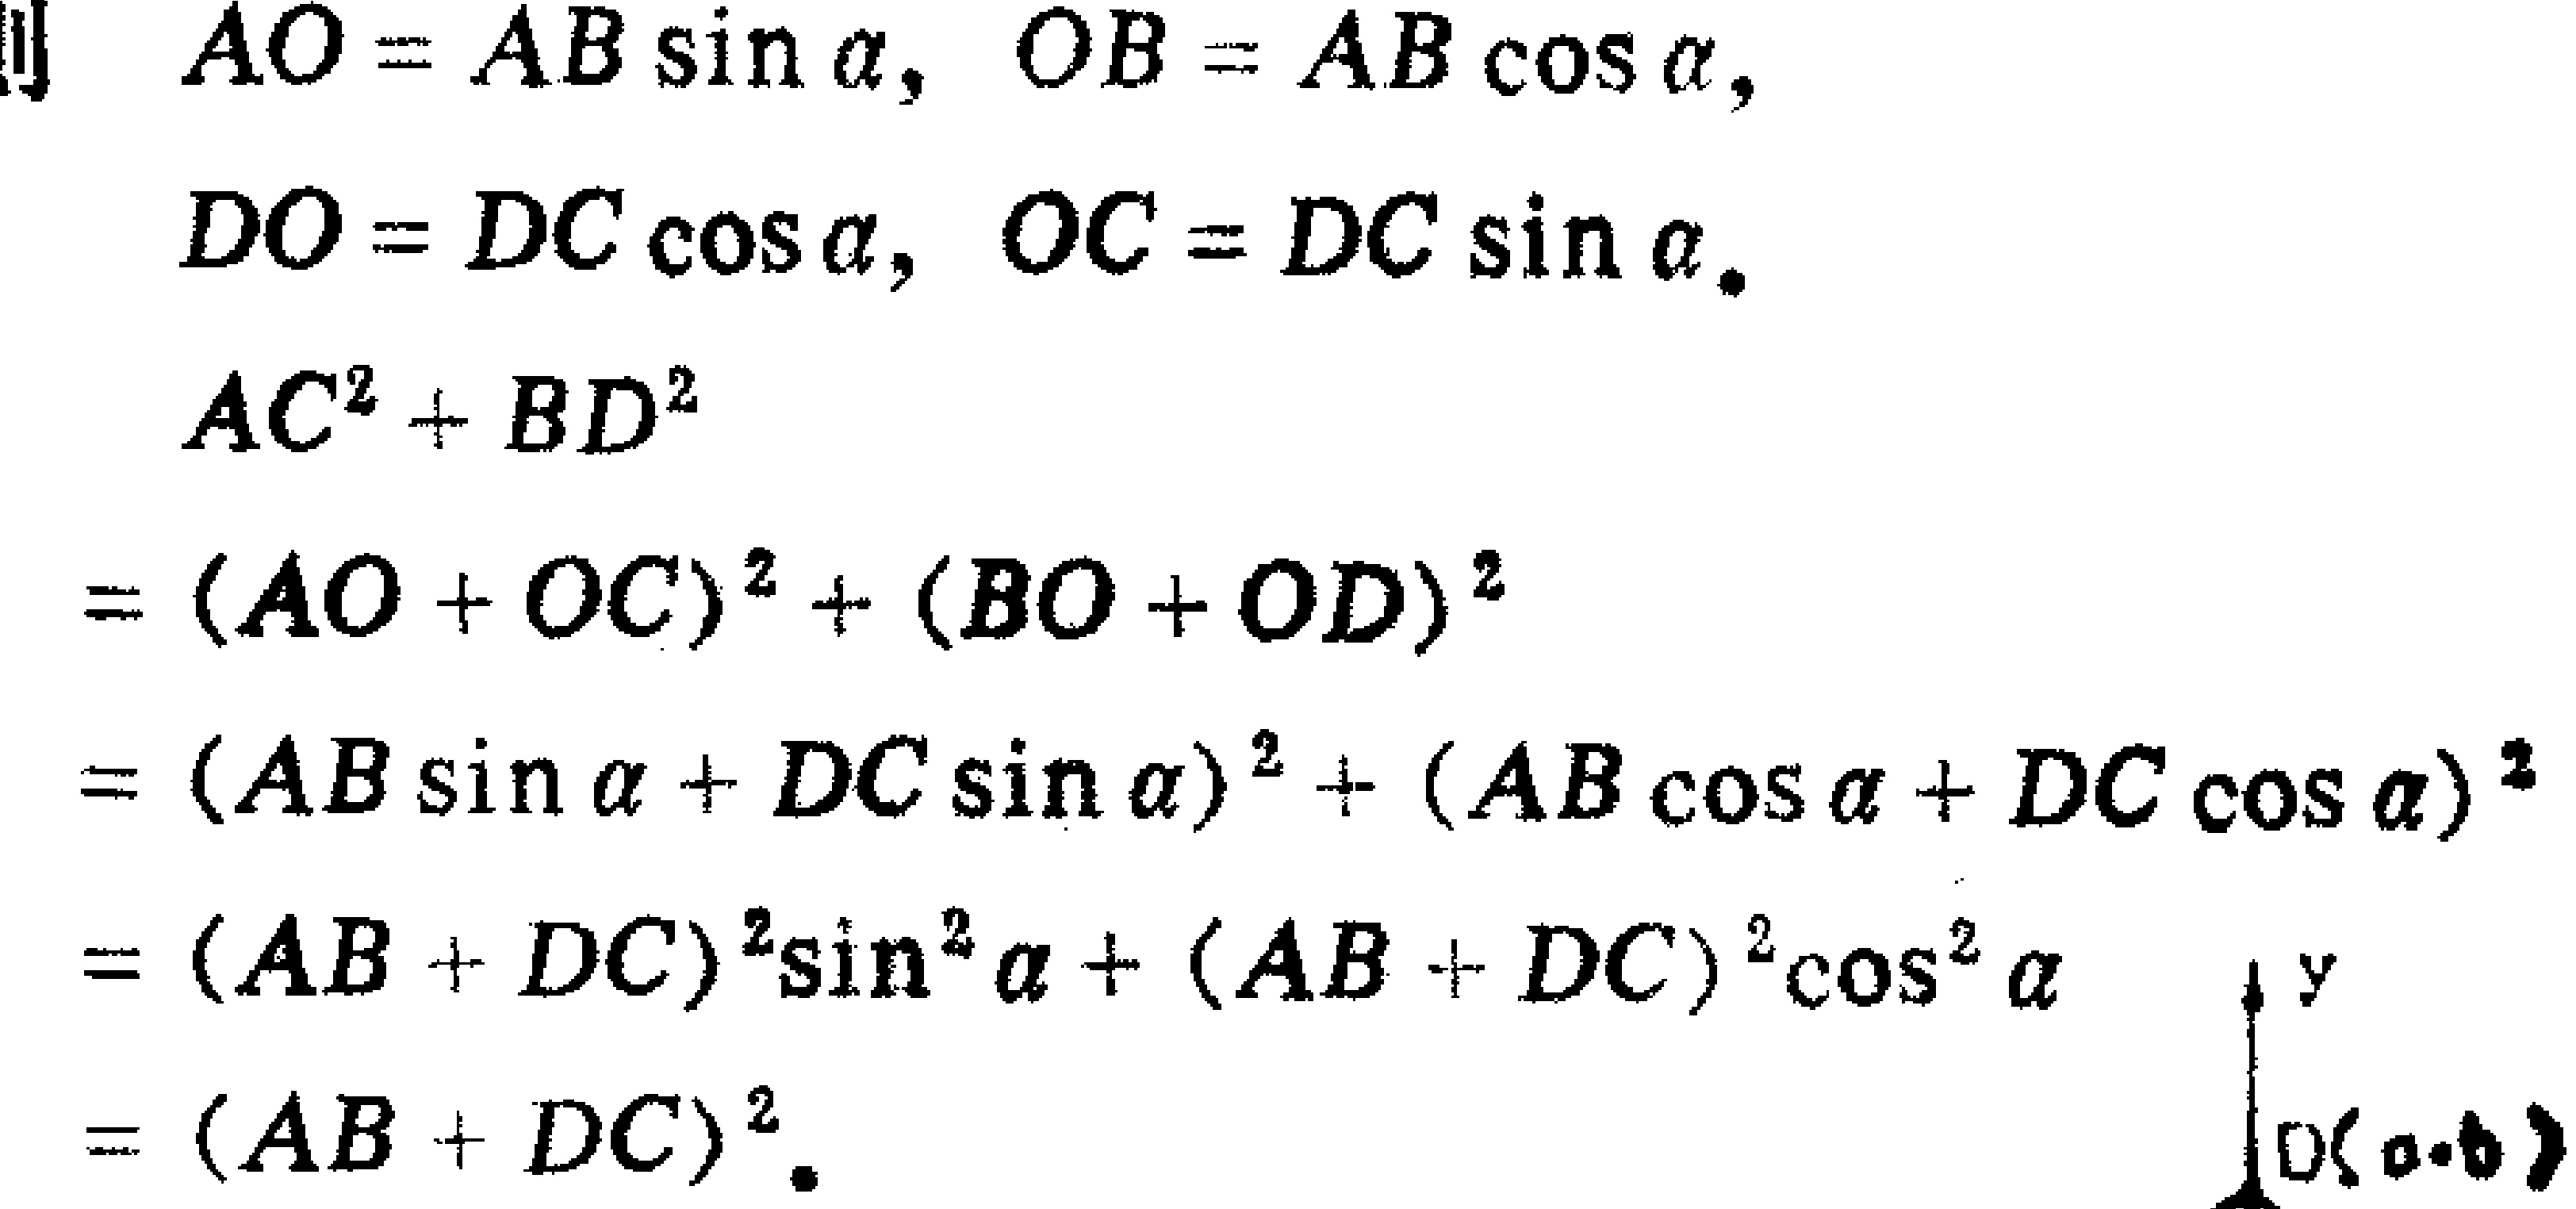
\[
\begin{align*}
\text{则}\ \ AO& = AB\sin\alpha,\ OB = AB\cos\alpha,\\
DO& = DC\cos\alpha,\ OC = DC\sin\alpha.\\
AC^{2}+BD^{2}&\\
&=(AO + OC)^{2}+(BO + OD)^{2}\\
&=(AB\sin\alpha+DC\sin\alpha)^{2}+(AB\cos\alpha+DC\cos\alpha)^{2}\\
&=(AB + DC)^{2}\sin^{2}\alpha+(AB + DC)^{2}\cos^{2}\alpha\\
&=(AB + DC)^{2}.
\end{align*}
\]
\(y\)
\(D(a,b)\)